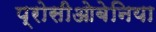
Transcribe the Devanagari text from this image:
प्रोसीओबेनिया